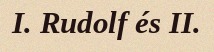
I. Rudolf és II.